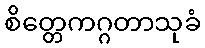
စိတ္တေကဂ္ဂတာသုခံ